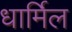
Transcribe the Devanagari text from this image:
धार्मिल